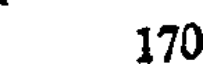
170